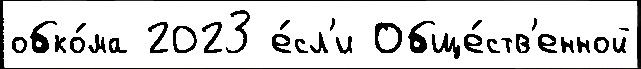
обко́ма 2023 е́сл'и Обще́ств'енной